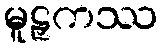
မူဠှကဿ